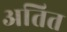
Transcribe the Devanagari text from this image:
अतित